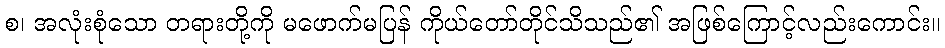
စ၊ အလုံးစုံသော တရားတို့ကို မဖောက်မပြန် ကိုယ်တော်တိုင်သိသည်၏ အဖြစ်ကြောင့်လည်းကောင်း။